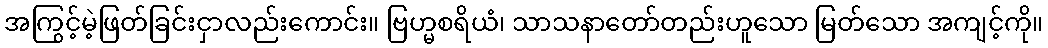
အကြွင့်မဲ့ဖြတ်ခြင်းငှာလည်းကောင်း။ ဗြဟ္မစရိယံ၊ သာသနာတော်တည်းဟူသော မြတ်သော အကျင့်ကို။